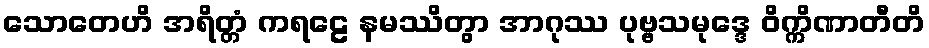
သောတေဟိ အရိတ္တံ ကရဠေ နမဿိတွာ အာဂုဿ ပုဗ္ဗသမုဒ္ဒေ ဝိက္ကိဏာတီတိ